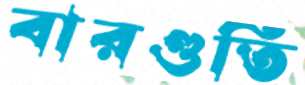
বারগুতি